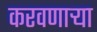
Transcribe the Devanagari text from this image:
करवणार्‍या